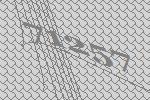
71257